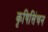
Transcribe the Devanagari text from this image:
कृषिसिंचन